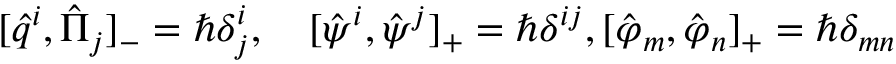
[ \hat { q } ^ { i } , \hat { \Pi } _ { j } ] _ { - } = \hbar \delta _ { j } ^ { i } , \quad [ \hat { \psi } ^ { i } , \hat { \psi } ^ { j } ] _ { + } = \hbar \delta ^ { i j } , [ \hat { \varphi } _ { m } , \hat { \varphi } _ { n } ] _ { + } = \hbar \delta _ { m n }